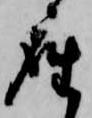
座